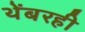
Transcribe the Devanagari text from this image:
थेंबरही